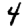
Digit: 4